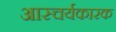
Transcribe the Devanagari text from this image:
आस्चर्यकारक